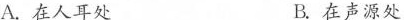
A.在人耳处 B.在声源处